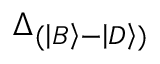
\Delta _ { { ( \left\vert B \right\rangle - \left\vert D \right\rangle ) } }